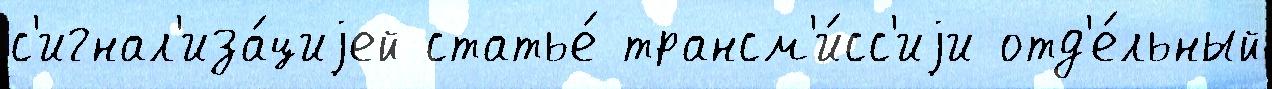
с'игнал'иза́циjей статье́ трансм'и́сс'иjи отд'е́льный